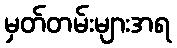
မှတ်တမ်းများအရ